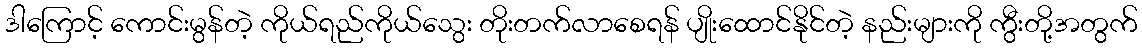
ဒါကြောင့် ကောင်းမွန်တဲ့ ကိုယ်ရည်ကိုယ်သွေး တိုးတက်လာစေရန် ပျိုးထောင်နိုင်တဲ့ နည်းများကို ကွီးတို့အတွက်